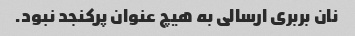
نان بربری ارسالی به هیچ عنوان پرکنجد نبود.